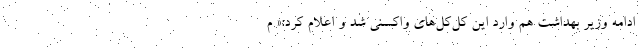
ادامه وزیر بهداشت هم وارد این کل‌کل‌های واکسنی شد و اعلام کرد:« م